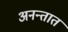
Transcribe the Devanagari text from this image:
अनन्तात